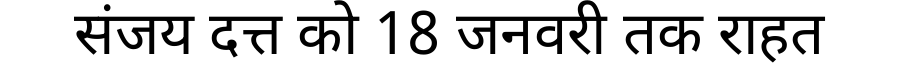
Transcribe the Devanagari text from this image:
संजय दत्त को 18 जनवरी तक राहत